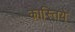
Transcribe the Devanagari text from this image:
कास्तिये